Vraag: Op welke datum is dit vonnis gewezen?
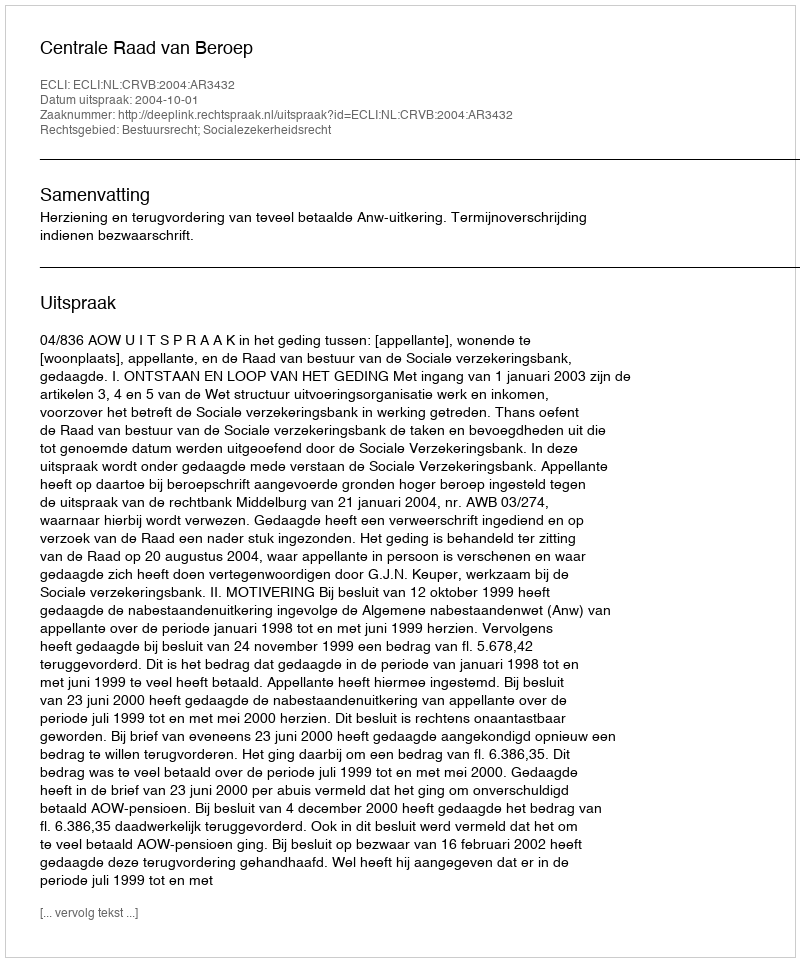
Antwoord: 2004-10-01